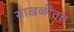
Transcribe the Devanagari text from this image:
साखळीतच